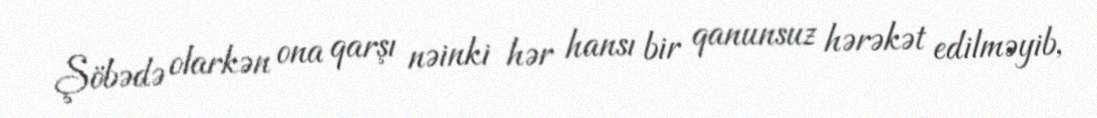
Şöbədə olarkən ona qarşı nəinki hər hansı bir qanunsuz hərəkət edilməyib,